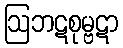
ဩဘဋစုမ္ဗဋာ